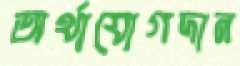
অর্থাযোগদান